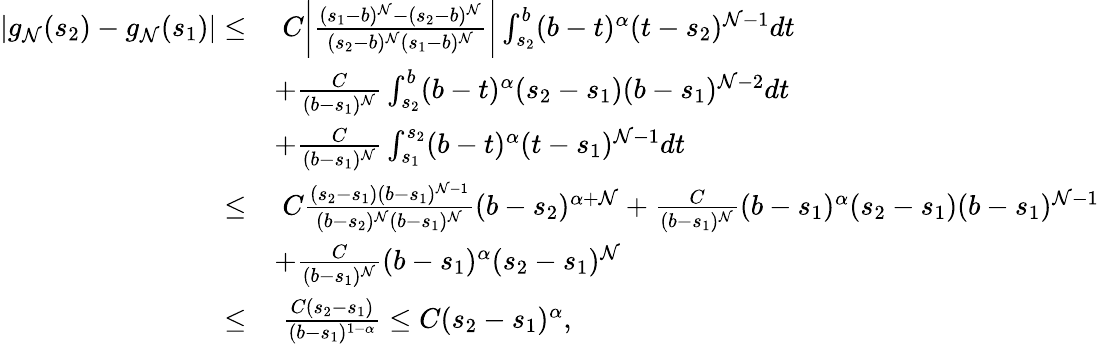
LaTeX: \begin{array}{rl}{|g_{\mathcal{N}}(s_{2})-g_{\mathcal{N}}(s_{1})|\leq}&{\; C\bigg|\frac{(s_{1}-b)^{\mathcal{N}}-(s_{2}-b)^{\mathcal{N}}}{(s_{2}-b)^{\mathcal{N}}(s_{1}-b)^{\mathcal{N}}}\bigg|\int_{s_{2}}^{b}(b-t)^{\alpha}(t-s_{2})^{\mathcal{N}-1}dt}\\ &{+\frac{C}{(b-s_{1})^{\mathcal{N}}}\int_{s_{2}}^{b}(b-t)^{\alpha}(s_{2}-s_{1})(b-s_{1})^{\mathcal{N}-2}dt}\\ &{+\frac{C}{(b-s_{1})^{\mathcal{N}}}\int_{s_{1}}^{s_{2}}(b-t)^{\alpha}(t-s_{1})^{\mathcal{N}-1}dt}\\ {\leq}&{\; C\frac{(s_{2}-s_{1})(b-s_{1})^{\mathcal{N}-1}}{(b-s_{2})^{\mathcal{N}}(b-s_{1})^{\mathcal{N}}}(b-s_{2})^{\alpha+\mathcal{N}}+\frac{C}{(b-s_{1})^{\mathcal{N}}}(b-s_{1})^{\alpha}(s_{2}-s_{1})(b-s_{1})^{\mathcal{N}-1}}\\ &{+\frac{C}{(b-s_{1})^{\mathcal{N}}}(b-s_{1})^{\alpha}(s_{2}-s_{1})^{\mathcal{N}}}\\ {\leq}&{\; \frac{C(s_{2}-s_{1})}{(b-s_{1})^{1-\alpha}}\leq C(s_{2}-s_{1})^{\alpha},}\end{array}